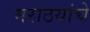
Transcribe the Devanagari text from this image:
मराठयांचे